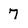
Character: 7